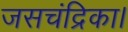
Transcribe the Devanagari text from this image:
जसचंद्रिका।